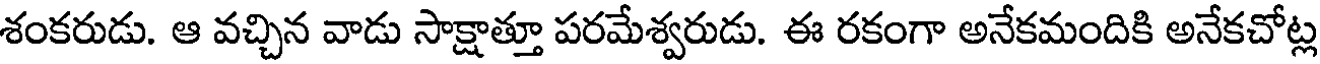
శంకరుడు. ఆ వచ్చిన వాడు సాక్షాత్తూ పరమేశ్వరుడు. ఈ రకంగా అనేకమందికి అనేకచోట్ల